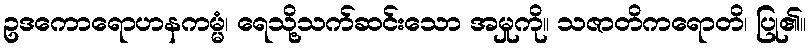
ဥဒကောရောဟနကမ္မံ၊ ရေသို့သက်ဆင်းသော အမှုကို။ သဇာတိကရောတိ၊ ပြု၏။